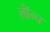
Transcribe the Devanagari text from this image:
लॉंन्च